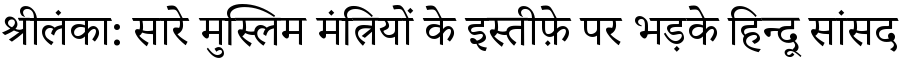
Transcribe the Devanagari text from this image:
श्रीलंका: सारे मुस्लिम मंत्रियों के इस्तीफ़े पर भड़के हिन्दू सांसद